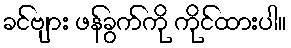
ခင်ဗျား ဖန်ခွက်ကို ကိုင်ထားပါ။